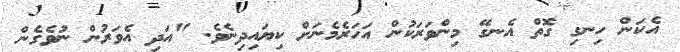
އެކަން ހިނގި ގޮތް އެނގޭ މިންވަރަކުން އަހަރެމެނަށް ކިޔައިދިނެވެ. "އަދި އެވަރުން ނުވެގެން